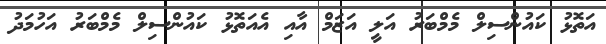
އަތޮޅު ކައުންސިލް މެމްބަރު އަލީ އަޒަމް އާއި އެއަތޮޅު ކައުންސިލް މެމްބަރު އަހުމަދު